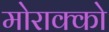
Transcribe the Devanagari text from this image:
मोराक्को